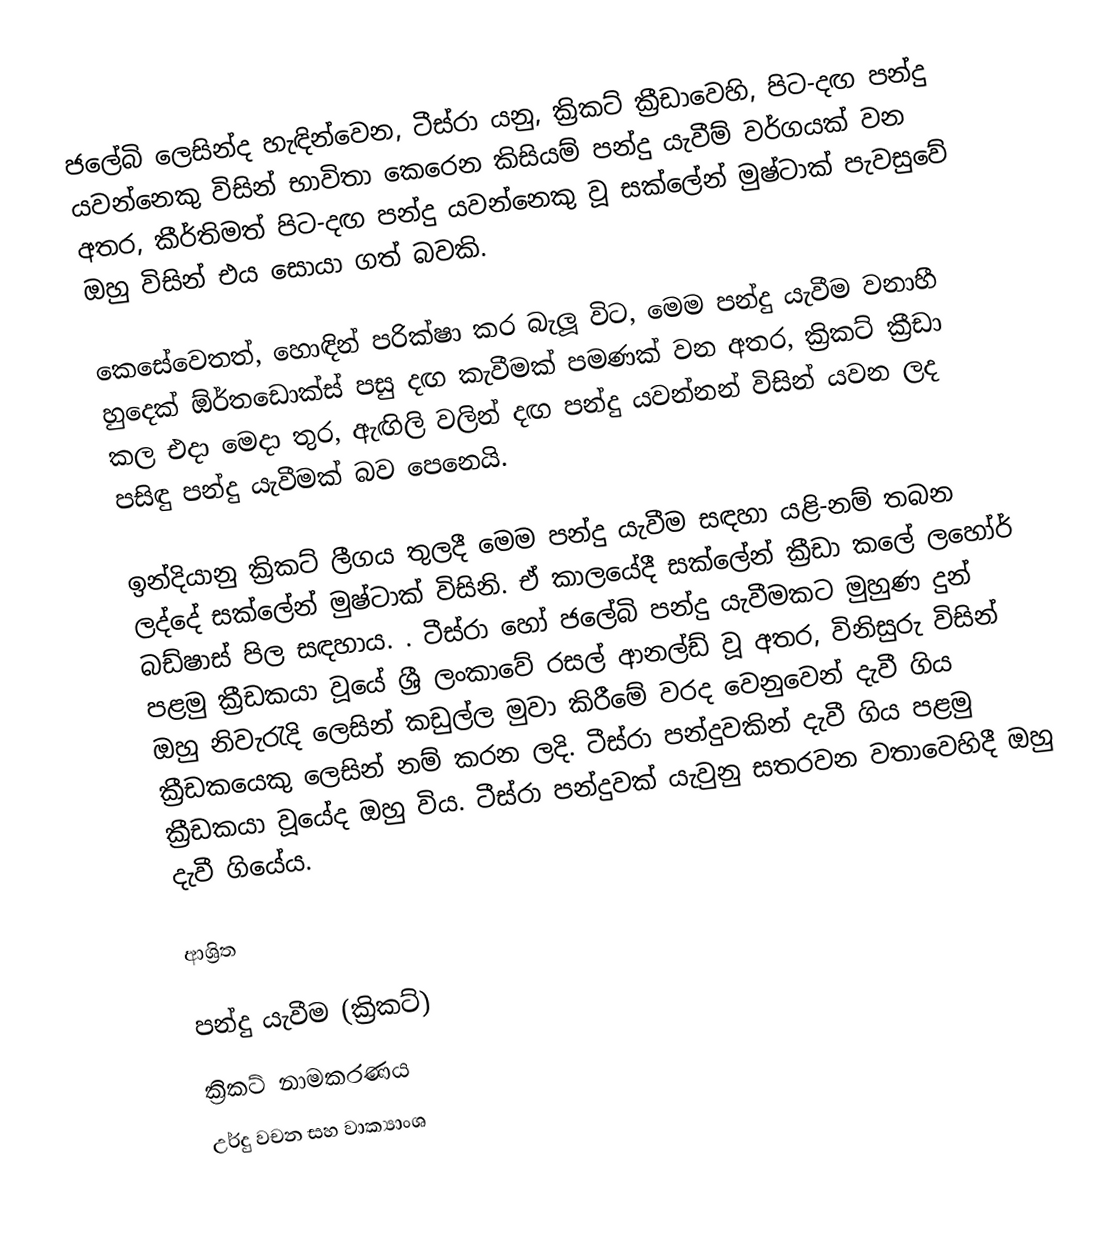
ජලේබි  ලෙසින්ද හැඳින්වෙන, ටීස්රා යනු,  ක්‍රිකට් ක්‍රීඩාවෙහි, පිට-දඟ පන්දු යවන්නෙකු විසින් භාවිතා කෙරෙන කිසියම් පන්දු යැවීම් වර්ගයක් වන අතර, කීර්තිමත් පිට-දඟ පන්දු යවන්නෙකු වූ  සක්ලේන් මුෂ්ටාක් පැවසුවේ ඔහු විසින් එය සොයා ගත් බවකි.

කෙසේවෙතත්, හොඳින් පරික්ෂා කර බැලූ විට, මෙම පන්දු යැවීම වනාහී හුදෙක් ඕර්තඩොක්ස් පසු දඟ කැවීමක් පමණක් වන අතර, ක්‍රිකට් ක්‍රීඩා කල එදා මෙදා තුර, ඇඟිලි වලින් දඟ පන්දු යවන්නන් විසින් යවන ලද පසිඳු පන්දු යැවීමක් බව පෙනෙයි.

ඉන්දියානු ක්‍රිකට් ලීගය තුලදී මෙම පන්දු යැවීම සඳහා යළි-නම් තබන ලද්දේ  සක්ලේන් මුෂ්ටාක් විසිනි. ඒ කාලයේදී සක්ලේන් ක්‍රීඩා කලේ ලහෝර් බඩ්ෂාස් පිල සඳහාය. . ටීස්රා හෝ ජලේබි පන්දු යැවීමකට මුහුණ දුන් පළමු ක්‍රීඩකයා වූයේ ශ්‍රී ලංකාවේ රසල් ආනල්ඩ් වූ අතර, විනිසුරු විසින් ඔහු නිවැරැදි ලෙසින්  කඩුල්ල මුවා කිරීමේ වරද වෙනුවෙන් දැවී ගිය ක්‍රීඩකයෙකු ලෙසින් නම් කරන ලදි.  ටීස්රා පන්දුවකින් දැවී ගිය පළමු ක්‍රීඩකයා වූයේද ඔහු විය. ටීස්රා පන්දුවක්  යැවුනු සතරවන වතාවෙහිදී ඔහු දැවී ගියේය.

ආශ්‍රිත

පන්දු යැවීම (ක්‍රිකට්)
ක්‍රිකට් නාමකරණය
උර්දු වචන සහ වාක්‍යාංශ